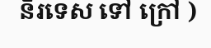
និរទេស ទៅ ក្រៅ )